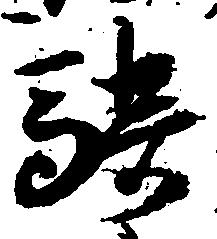
騎